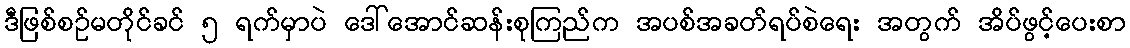
ဒီဖြစ်စဉ်မတိုင်ခင် ၅ ရက်မှာပဲ ဒေါ်အောင်ဆန်းစုကြည်က အပစ်အခတ်ရပ်စဲရေး အတွက် အိပ်ဖွင့်ပေးစာ